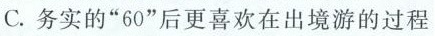
务实的”60”后更喜欢在出境游的过程